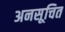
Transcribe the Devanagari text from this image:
अनसूचित